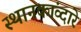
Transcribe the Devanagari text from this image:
स्थानकांव्दारे